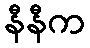
နီနီက